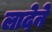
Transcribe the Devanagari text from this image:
लादेने